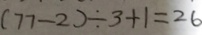
( 7 7 - 2 ) \div 3 + 1 = 2 6